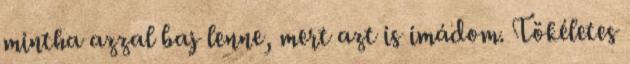
mintha azzal baj lenne, mert azt is imádom. Tökéletes